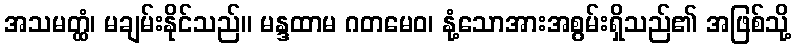
အသမတ္ထံ၊ မချမ်းနိုင်သည်။ မန္ဒထာမ ဂတမေဝ၊ နုံ့သောအားအစွမ်းရှိသည်၏ အဖြစ်သို့